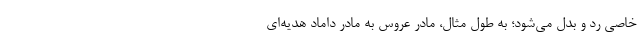
خاصی رد و بدل می‌شود؛ به طول مثال، مادر عروس به مادر داماد هدیه‌ای